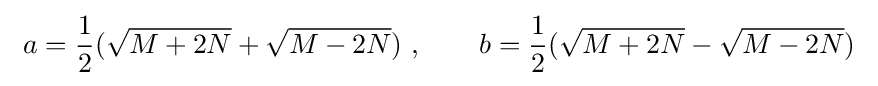
\ a={\frac {1}{2}}({\sqrt {M+2N}}+{\sqrt {M-2N}})\ ,\qquad b={\frac {1}{2}}({\sqrt {M+2N}}-{\sqrt {M-2N}})\